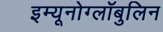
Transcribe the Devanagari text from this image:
इम्यूनोग्लॉबुलिन